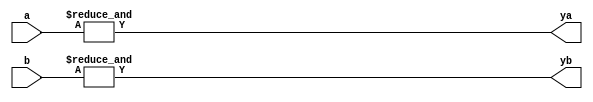
/* verilator lint_off UNOPTFLAT */
module ttl_7421(
    input [3:0] a,
    input [3:0] b,
    output ya,
    output yb
);
    assign ya = &a;
    assign yb = &b;
endmodule